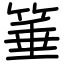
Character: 箠